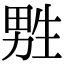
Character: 㽒